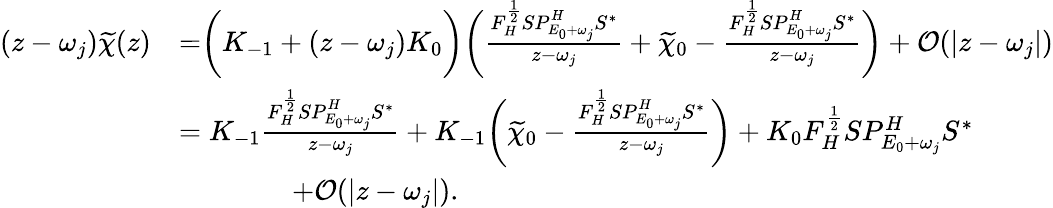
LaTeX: \begin{array}{rl}{(z-\omega_{j})\widetilde{\chi}(z)}&{=\biggr(K_{-1}+(z-\omega_{j})K_{0}\biggr)\biggr(\frac{F_{H}^{\frac 12}SP_{E_{0}+\omega_{j}}^{H}S^{\ast}}{z-\omega_{j}}+\widetilde{\chi}_{0}-\frac{F_{H}^{\frac 12}SP_{E_{0}+\omega_{j}}^{H}S^{\ast}}{z-\omega_{j}}\biggr)+\mathcal{O}(|z-\omega_{j}|)}\\ &{=K_{-1}\frac{F_{H}^{\frac 12}SP_{E_{0}+\omega_{j}}^{H}S^{\ast}}{z-\omega_{j}}+K_{-1}\biggr(\widetilde{\chi}_{0}-\frac{F_{H}^{\frac 12}SP_{E_{0}+\omega_{j}}^{H}S^{\ast}}{z-\omega_{j}}\biggr)+K_{0}F_{H}^{\frac 12}SP_{E_{0}+\omega_{j}}^{H}S^{\ast}}\\ &{\qquad\qquad+\mathcal{O}(|z-\omega_{j}|).}\end{array}